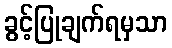
ခွင့်ပြုချက်ရမှသာ